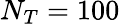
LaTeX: N_{T}=100